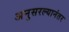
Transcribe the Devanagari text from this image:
अनुसरल्यानंतर